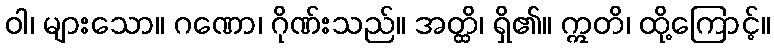
ဝါ၊ များသော။ ဂဏော၊ ဂိုဏ်းသည်။ အတ္ထိ၊ ရှိ၏။ ဣတိ၊ ထို့ကြောင့်။